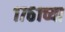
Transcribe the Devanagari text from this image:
१७६१च्या